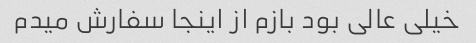
خیلی عالی بود بازم از اینجا سفارش میدم